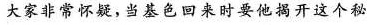
大家非常怀疑，当基色回来时要他揭开这个秘